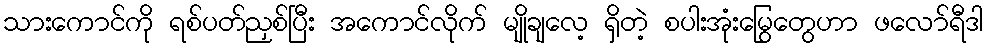
သားကောင်ကို ရစ်ပတ်ညှစ်ပြီး အကောင်လိုက် မျိုချလေ့ ရှိတဲ့ စပါးအုံးမြွေတွေဟာ ဖလော်ရီဒါ